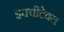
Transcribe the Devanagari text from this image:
इक्वीटेवल